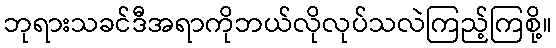
ဘုရားသခင်ဒီအရာကိုဘယ်လိုလုပ်သလဲကြည့်ကြစို့။